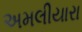
અમલીયારા